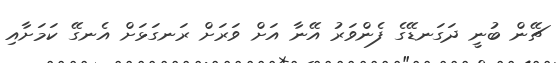
ޗޭން ބުނީ ދަގަނޑޭގެ ފެންވަރު އޭނާ އަށް ވަރަށް ރަނގަޅަށް އެނގޭ ކަމަށާއި